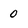
Character: 0